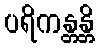
ပရိကန္တန္တိ